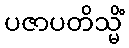
ပဇာပတိသ္မိံ